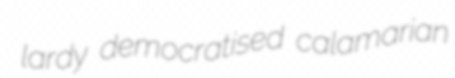
lardy democratised calamarian